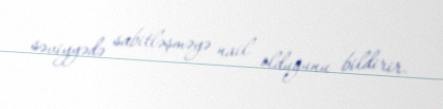
səviyyədə sabitləşməyə nail olduğunu bildirir.